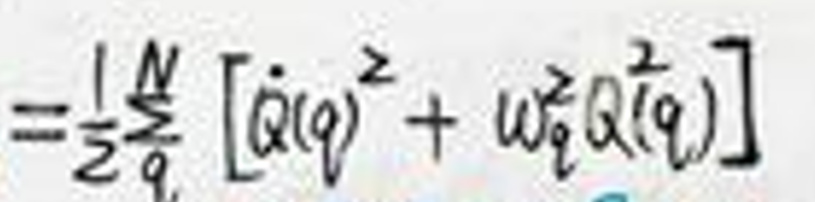
\[=\frac{1}{2}\sum_{q}^{N}\left[\dot{Q}(q)^{2}+\omega_{q}^{2}Q(q)^{2}\right]\]